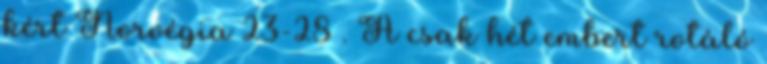
kért Norvégia 23-28 . A csak hét embert rotáló